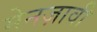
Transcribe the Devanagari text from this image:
मेनज़ावी